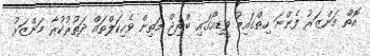
އޮތް މަންޒަރު ފެންނަ ހިތްގައިމު ވީޑިއޯގައި ބްރިޖް މަތިން ވެހިކަލްތައް ދަތުރުކުރާ މަންޒަރު